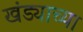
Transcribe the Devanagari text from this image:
खंड्याच्या